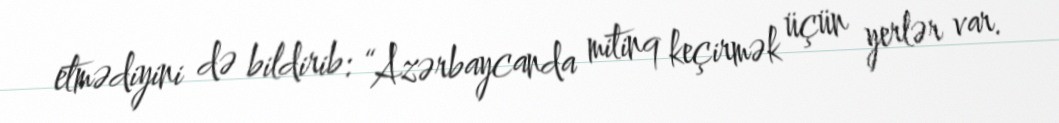
etmədiyini də bildirib: “Azərbaycanda mitinq keçirmək üçün yerlər var.